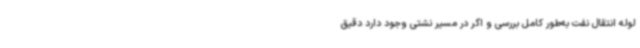
لوله انتقال نفت به‌طور کامل بررسی و اگر در مسیر نشتی وجود دارد دقیق